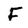
Character: F